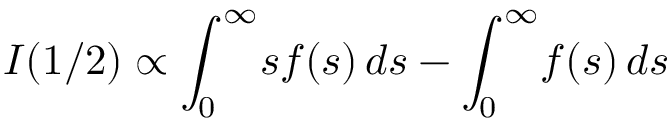
I ( 1 / 2 ) \propto \int _ { 0 } ^ { \infty } \! s f ( s ) \, d s - \int _ { 0 } ^ { \infty } \! f ( s ) \, d s